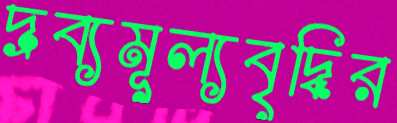
দ্রব্যমূল্যবৃদ্ধির